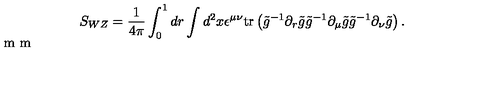
S _ { W Z } = { \frac { 1 } { 4 \pi } } \int _ { 0 } ^ { 1 } d r \int d ^ { 2 } x \epsilon ^ { \mu \nu } \mathrm { t r } \left( \tilde { g } ^ { - 1 } \partial _ { r } \tilde { g } \tilde { g } ^ { - 1 } \partial _ { \mu } \tilde { g } \tilde { g } ^ { - 1 } \partial _ { \nu } \tilde { g } \right) . \vspace { 2 m m }